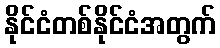
နိုင်ငံတစ်နိုင်ငံအတွက်